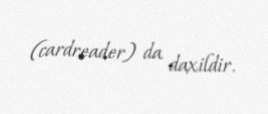
(cardreader) da daxildir.